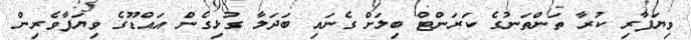
ވިޔަފާރި ކުރާ ތަންތަނުގެ ކަރަންޓް ބިލަށް ގެނައި ބަދަލާ ގުޅިގެން އައްޑޫގެ ވިޔަފާވެރިން